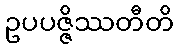
ဥပပဇ္ဇိဿတီတိ